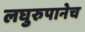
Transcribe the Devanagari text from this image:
लघुरुपानेच